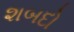
શબદો